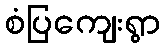
စံပြကျေးရွာ